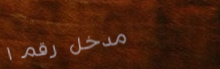
مدخل رقم ١